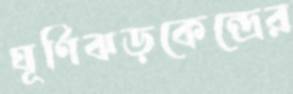
ঘূর্ণিঝড়কেন্দ্রের